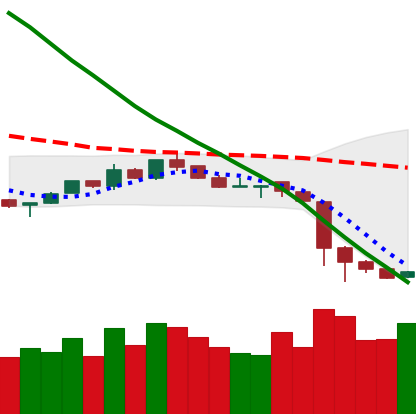
Ticker: NEO-USD
Chart end date: 2018-11-18
Forward return: -32.14%
Label: down_7plus